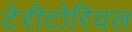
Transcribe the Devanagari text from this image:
टेरीटोरियल